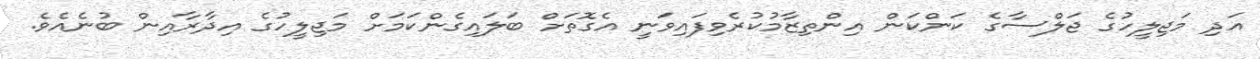
އަދި މަޖިލީހުގެ ޖަލްސާގެ ކަންކަން އިންތިޒާމުކުރެވިފައިވަނީ އެގޮތަށް ބަލައިގެންކަމަށް މަޖިލީހުގެ އިދާރާއިން ބުނެއެވެ.